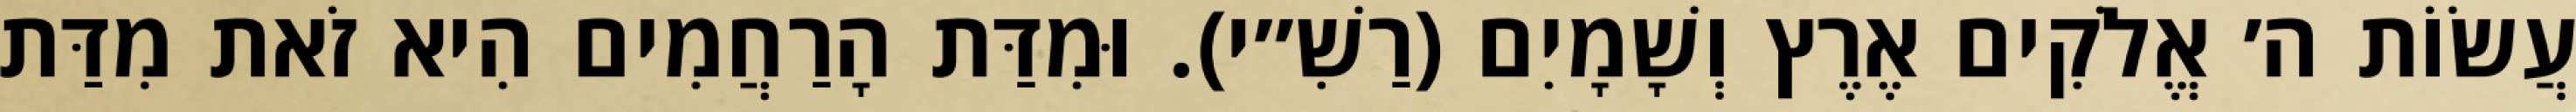
עֲשׂוֹת ה׳ אֱלֹקִים אֶרֶץ וְשָׁמָיִם (רַשִׁ״י). וּמִדַּת הָרַחֲמִים הִיא זֹאת מִדַּת